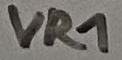
Text: VR1